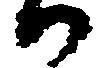
か